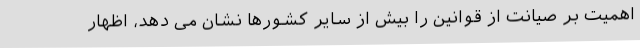
اهمیت بر صیانت از قوانین را بیش از سایر کشورها نشان می دهد، اظهار